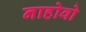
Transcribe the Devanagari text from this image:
नाहोवो